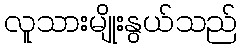
လူသားမျိုးနွယ်သည်